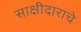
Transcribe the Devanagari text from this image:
साक्षीदाराचे